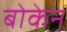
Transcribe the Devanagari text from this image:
बोकेन